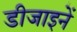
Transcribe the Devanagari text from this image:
डीजाइनें